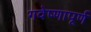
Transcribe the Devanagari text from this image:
गवेष्णापूर्ण